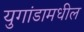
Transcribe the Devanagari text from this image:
युगांडामधील